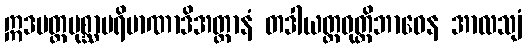
ဣဒမတ္ထပုစ္ဆာပရိမာဏာဒိအတ္ထာနံ တဒါယတ္တဝုတ္တိဘာဝေန အာလသျံ